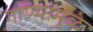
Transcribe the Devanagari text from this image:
गाण्यांमुळे